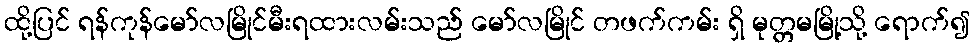
ထို့ပြင် ရန်ကုန်မော်လမြိုင်မီးရထားလမ်းသည် မော်လမြိုင် တဖက်ကမ်း ရှိ မုတ္တမမြို့သို့ ရောက်၍